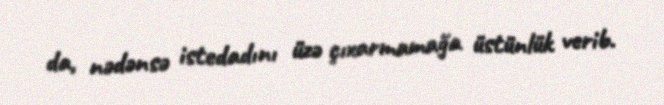
da, nədənsə istedadını üzə çıxarmamağa üstünlük verib.